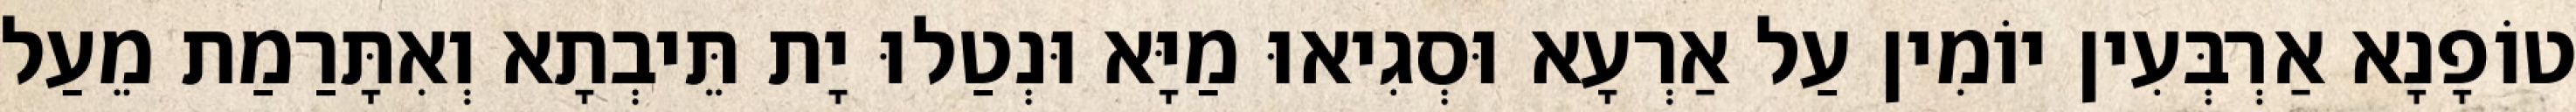
טוֹפָנָא אַרְבְּעִין יוֹמִין עַל אַרְעָא וּסְגִיאוּ מַיָּא וּנְטַלוּ יָת תֵּיבְתָא וְאִתָּרַמַת מֵעַל